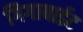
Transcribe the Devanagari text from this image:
गिगाबाईट